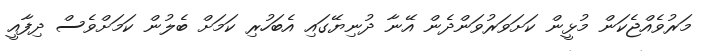
މަރުވެއްޖެކަން މުޅީން ކަށަވަރުވަންދެން އޭނާ ދުނިޔޭގައި އެބަހުރި ކަމަށް ބެލުން ކަމަށްވެސް ދިފާއީ